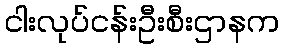
ငါးလုပ်ငန်းဦးစီးဌာနက